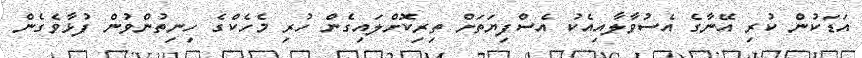
އަޑަކުން ކުރި އޭނާގެ އެސުވާލާއިއެކު އެސްފިޔަތަށް ތިރިކޮށްލައިގެން ހުރި މެހެކްގެ ހިނިތުންވުން ފުޅާވެގެން